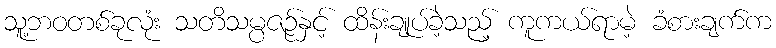
သူ့ဘဝတစ်ခုလုံး သတိသမ္ပဇဉ်နှင့် ထိန်းချုပ်ခဲ့သည့် ကူကယ်ရာမဲ့ ခံစားချက်က